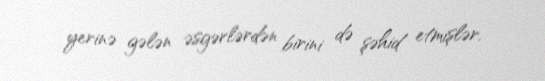
yerinə gələn əsgərlərdən birini də şəhid etmişlər.